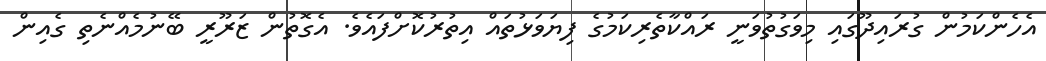
އެހެންކަމުން ގުރައިދޫގައި މިވަގުތުވަނީ ރައްކާތެރިކަމުގެ ފިޔަވަޅުތައް އިތުރުކޮށްފައެވެ. އެގޮތުން ޒަރޫރީ ބޭނުމެއްނެތި ގެއިން